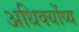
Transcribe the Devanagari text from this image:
अधिक्योंष्य